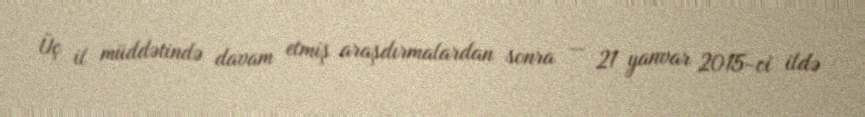
Üç il müddətində davam etmiş araşdırmalardan sonra — 21 yanvar 2015-ci ildə